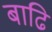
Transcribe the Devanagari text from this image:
बाढि